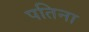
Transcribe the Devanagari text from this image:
पतिना